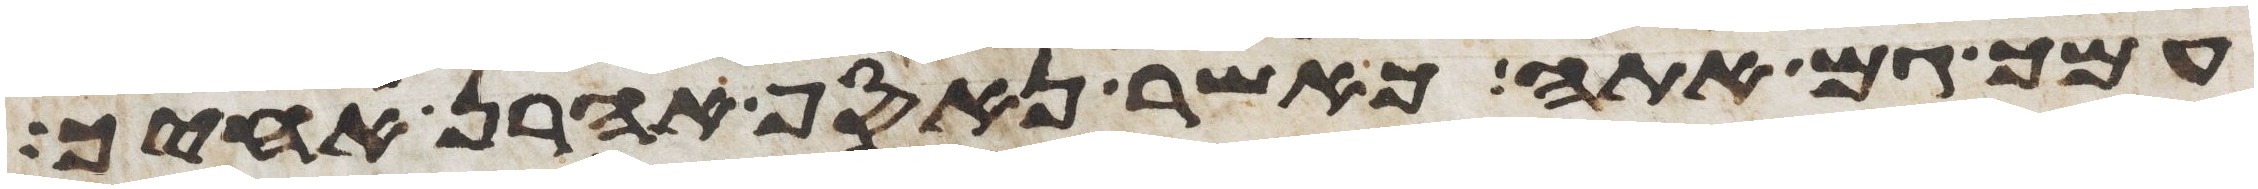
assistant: עמך גם אתה כאשר נאסף אהרן אחיך